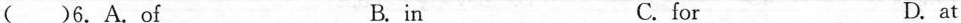
( )6.A.of B.in C.for D.at